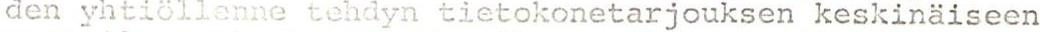
den yhtiöllenne tehdyn tietokonetarjouksen keskinäiseen